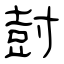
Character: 尌